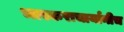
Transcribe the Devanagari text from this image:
भास्कराचार्यानीच